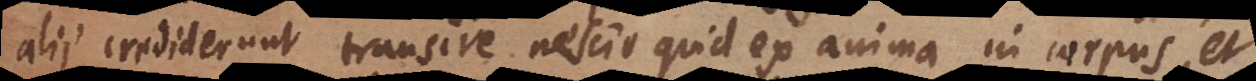
alii crediderunt transire nescio quid ex anima in corpus, et